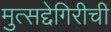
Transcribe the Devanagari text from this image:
मुत्सद्देगिरीची